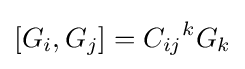
[G_{i},G_{j}]={C_{ij}}^{k}G_{k}